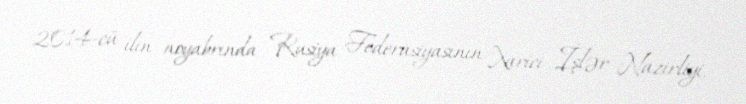
2014-cü ilin noyabrında Rusiya Federasiyasının Xarici İşlər Nazirliyi,